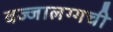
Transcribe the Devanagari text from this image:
वज्‍जालग्गची